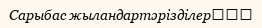
Сарыбас жыландартәрізділер‎‎‎